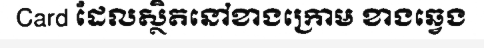
Card ដែលស្ថិតនៅខាងក្រោម ខាងឆ្វេង